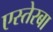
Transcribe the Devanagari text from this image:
एस्तेरबा